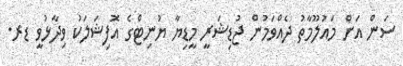
ސަން އަށް މައުލޫމާތު ދެއްވަމުން ޖުޑިޝަރީ މީޑިޔާ ޔުނިޓްގެ އޮފިޝަލަކު ވިދާޅުވީ ޑރ.